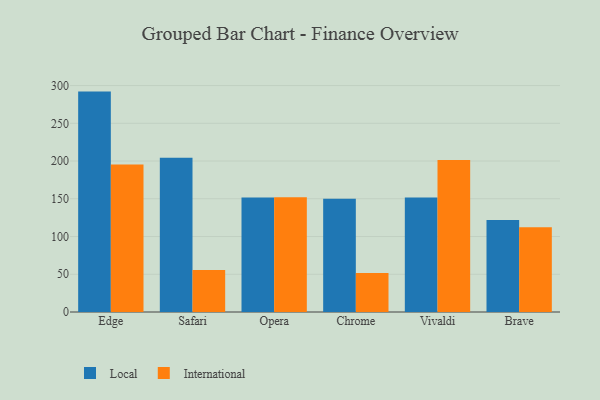
{"axis": {"x": "Browser", "y": "Backlog"}, "legend": ["International", "Local"], "data": [{"x": "Edge", "y": 292.0, "type": "Local"}, {"x": "Edge", "y": 195.5, "type": "International"}, {"x": "Safari", "y": 204.5, "type": "Local"}, {"x": "Safari", "y": 55.8, "type": "International"}, {"x": "Opera", "y": 151.8, "type": "Local"}, {"x": "Opera", "y": 152.1, "type": "International"}, {"x": "Chrome", "y": 150.2, "type": "Local"}, {"x": "Chrome", "y": 51.7, "type": "International"}, {"x": "Vivaldi", "y": 151.7, "type": "Local"}, {"x": "Vivaldi", "y": 201.3, "type": "International"}, {"x": "Brave", "y": 121.9, "type": "Local"}, {"x": "Brave", "y": 112.3, "type": "International"}]}